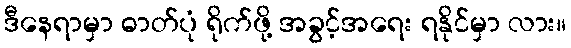
ဒီနေရာမှာ ဓာတ်ပုံ ရိုက်ဖို့ အခွင့်အရေး ရနိုင်မှာ လား။